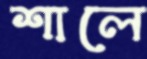
শালে